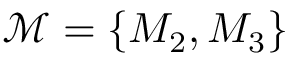
\mathcal { M } = \{ M _ { 2 } , M _ { 3 } \}